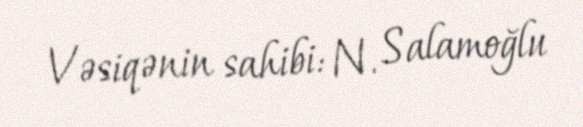
Vəsiqənin sahibi: N. Salamoğlu